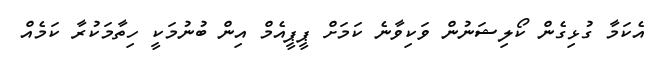
އެކަމާ ގުޅިގެން ކޯލިޝަނުން ވަކިވާނެ ކަމަށް ޕީޕީއެމް އިން ބުނުމަކީ ހިތާމަކުރާ ކަމެއް